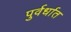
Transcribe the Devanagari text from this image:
पुर्वर्धात